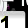
Digit: 1